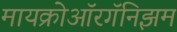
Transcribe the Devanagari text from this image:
मायक्रोऑरगॅनिझम